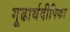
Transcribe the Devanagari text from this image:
गूढार्थदीपिका